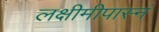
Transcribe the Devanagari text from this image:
लक्षीमीपास्नं